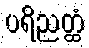
ပရိညတ္ထံ